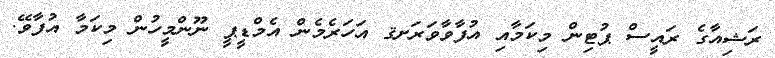
ރަޝިއާގެ ރައީސް ޕުޓިން މިކަމާއި އުފާވާވަރަށޤ އަހަރެމެން އެމްޑީޕީ ނޫންމީހުން މިކަމާ އުފާވޭ.